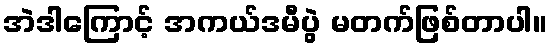
အဲဒါကြောင့် အကယ်ဒမီပွဲ မတက်ဖြစ်တာပါ။